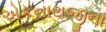
એકનાથજીના